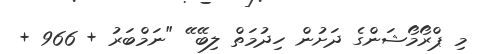
މި ޕްރޯމޯޝަންގެ ދަށުން ހިދުމަތް ލިބޭ ޭ "ނަމްބަރު + 966 +